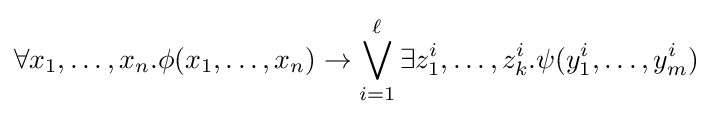
\forall x_{1},\ldots ,x_{n}.\phi (x_{1},\ldots ,x_{n})\rightarrow \bigvee _{i=1}^{\ell }\exists z_{1}^{i},\ldots ,z_{k}^{i}.\psi (y_{1}^{i},\ldots ,y_{m}^{i})